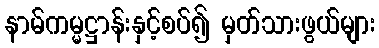
နာမ်ကမ္မဋ္ဌာန်းနှင့်စပ်၍ မှတ်သားဖွယ်များ